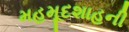
મહમૂદશાહની